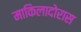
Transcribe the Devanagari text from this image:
माकिलादोरास